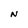
Character: N